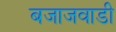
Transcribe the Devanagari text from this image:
बजाजवाडी